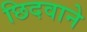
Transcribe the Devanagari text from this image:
छिदवाने